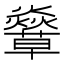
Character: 𧄣